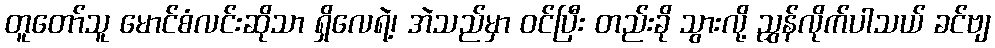
တူတော်သူ မောင်စံလင်းဆိုသာ ရှိလေရဲ့၊ အဲသည်မှာ ဝင်ပြီး တည်းခို သွားလို့ ညွှန်လိုက်ပါသယ် ခင်ဗျ